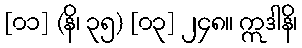
[၀၁] (နိ၊ ၃၅) [၀၃] ၂၄၈။ ဣဒါနိ၊